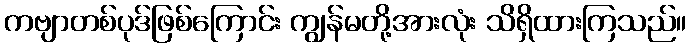
ကဗျာတစ်ပုဒ်ဖြစ်ကြောင်း ကျွန်မတို့အားလုံး သိရှိထားကြသည်။